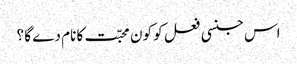
اس جنسی فعل کو کون محبّت کا نام دے گا ؟